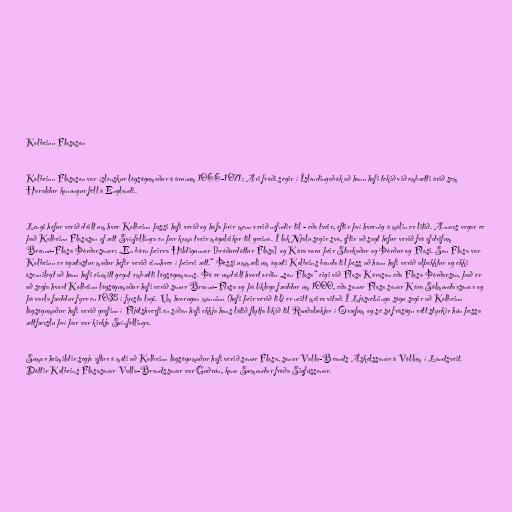
Kolbeinn Flosason

Kolbeinn Flosason var íslenskur lögsögumaður á árunum 1066-1071; Ari fróði segir í Íslendingabók að hann hafi tekið við embætti árið sem
Haraldur konungur féll á Englandi.

Lengi hefur verið deilt um hver Kolbeinn þessi hafi verið og hafa þrír menn verið nefndir til - eða tveir, eftir því hvernig á málin er litið. Annars vegar er
það Kolbeinn Flosason af ætt Svínfellinga en þar koma tveir möguleikar til greina. Í lok Njálu segir svo, eftir að sagt hefur verið frá afdrifum
Brennu-Flosa Þórðarsonar: „En börn þeirra Hildigunnar [bróðurdóttur Flosa] og Kára voru þeir Starkaður og Þórður og Flosi. Son Flosa var
Kolbeinn er ágætastur maður hefir verið einnhver í þeirri ætt.“ Þessi ummæli um ágæti Kolbeins benda til þess að hann hafi verið alþekktur og ekki
ósennilegt að hann hafi einmitt gegnt embætti lögsögumanns. Þó er umdeilt hvort orðin „son Flosa“ eigi við Flosa Kárason eða Flosa Þórðarson, það er
að segja hvort Kolbeinn lögsögumaður hafi verið sonur Brennu-Flosa og þá líklega fæddur um 1000, eða sonur Flosa sonar Kára Sölmundarsonar og
þá varla fæddur fyrr en 1035 í fyrsta lagi. Um hvorugan manninn (hafi þeir verið til) er neitt meira vitað. Í Ljósvetninga sögu segir að Kolbeinn
lögsögumaður hafi verið grafinn í Fljótshverfi en síðan hafi ekkja hans látið flytja líkið til Rauðalækjar í Öræfum og sé sú frásögn rétt styrkir hún þessa
ættfærslu því þar var kirkja Svínfellinga.

Sumar heimildir segja aftur á móti að Kolbeinn lögsögumaður hafi verið sonur Flosa, sonar Valla-Brands Áskelssonar á Völlum í Landsveit.
Dóttir Kolbeins Flosasonar Valla-Brandssonar var Guðrún, kona Sæmundar fróða Sigfússonar.